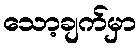
သော့ချက်မှာ